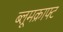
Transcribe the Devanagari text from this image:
ब्लूमक्राफ्ट